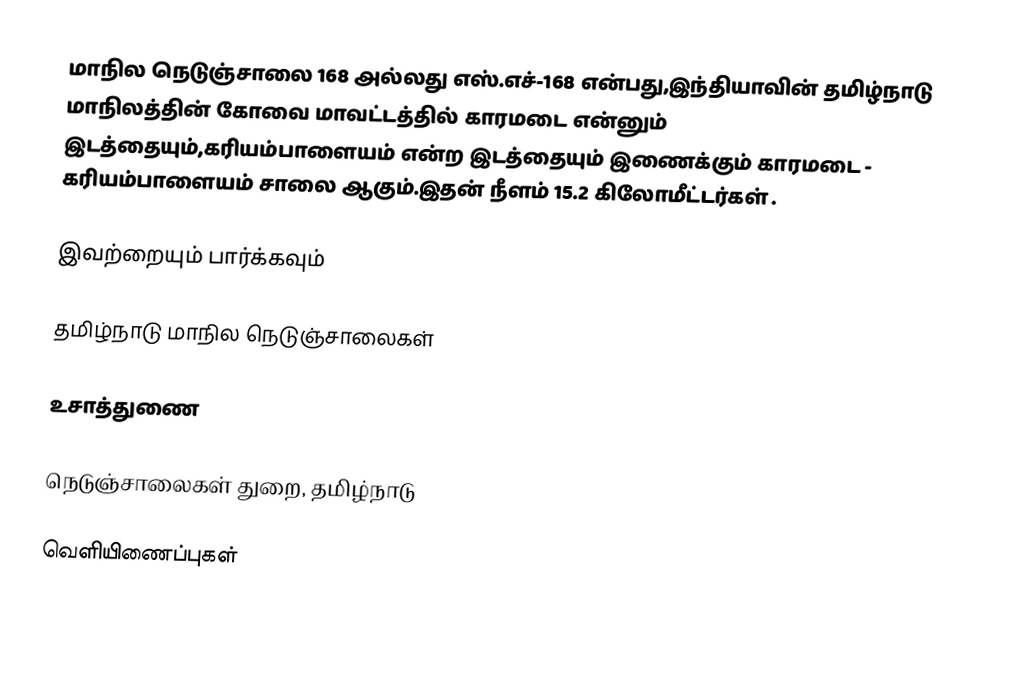
மாநில நெடுஞ்சாலை 168 அல்லது எஸ்.எச்-168  என்பது,இந்தியாவின் தமிழ்நாடு மாநிலத்தின்  கோவை மாவட்டத்தில்  காரமடை  என்னும் இடத்தையும்,கரியம்பாளையம்  என்ற இடத்தையும் இணைக்கும் காரமடை - கரியம்பாளையம் சாலை ஆகும்.இதன் நீளம் 15.2  கிலோமீட்டர்கள் .

இவற்றையும் பார்க்கவும்

 தமிழ்நாடு மாநில நெடுஞ்சாலைகள்

உசாத்துணை

 நெடுஞ்சாலைகள் துறை, தமிழ்நாடு

வெளியிணைப்புகள்